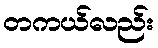
တကယ်လည်း